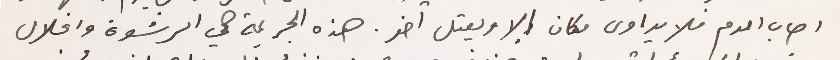
اصاب الدم فلا يداوى مكان إلا ويعتل اخر. هذه الجريمة هي الرشوة وانحلال